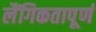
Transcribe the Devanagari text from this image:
लैंगिकतापूर्ण